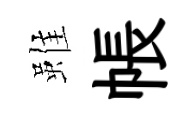
雖帳